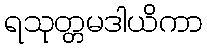
ရသုတ္တမဒါယိကာ